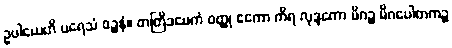
ဥပါယေဟိ ပရေသံ ဝဉ္စနံ။ တတြိဒမေကံ ဝတ္ထု ဧကော ကိရ လုဒ္ဒကော မိဂဉ္စ မိဂပေါတကဉ္စ